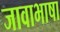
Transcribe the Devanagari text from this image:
जावाभाषा